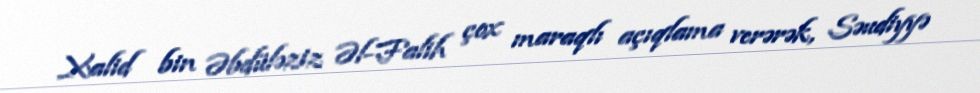
Xalid bin Əbdüləziz Əl-Falih çox maraqlı açıqlama verərək, Səudiyyə